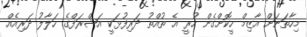
މިހާތަނަށް އާޒިމް ހީކޮށްގެން ހުރީ އެ ތުއްތު ދަރިފުޅަކީ އަޝްރަފްގެ ހަލާލު ދަރިއެއް